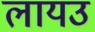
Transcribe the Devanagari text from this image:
लायउ